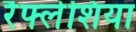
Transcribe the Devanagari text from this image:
रैफ्लेशिया